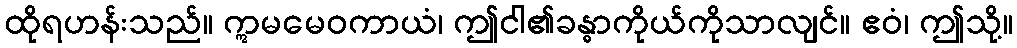
ထိုရဟန်းသည်။ ဣမမေဝကာယံ၊ ဤငါ၏ခန္ဓာကိုယ်ကိုသာလျင်။ ဧဝံ၊ ဤသို့။